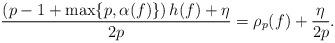
LaTeX: \begin{align*}\frac{\left(p-1+\max\{p,\alpha(f)\}\right)h(f)+\eta}{2p}= \rho_p(f)+\frac{\eta}{2p}.\end{align*}